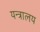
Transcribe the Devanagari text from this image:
यन्त्रालय